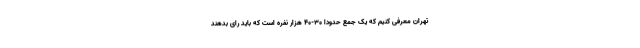
تهران معرفی کنیم که یک جمع حدودا ۳۰-۴۰ هزار نفره است که باید رای بدهند